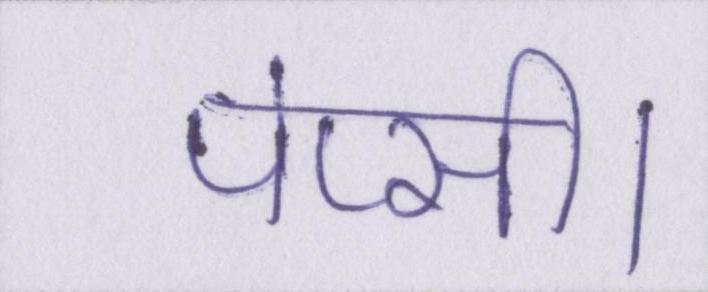
पेप्सी।